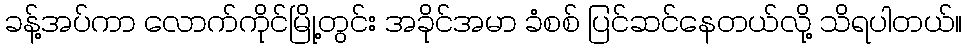
ခန့်အပ်ကာ လောက်ကိုင်မြို့တွင်း အခိုင်အမာ ခံစစ် ပြင်ဆင်နေတယ်လို့ သိရပါတယ်။